Report of the Indian Hemp Drugs Commission, 1894-1895 - Volume IV
Year: 1894
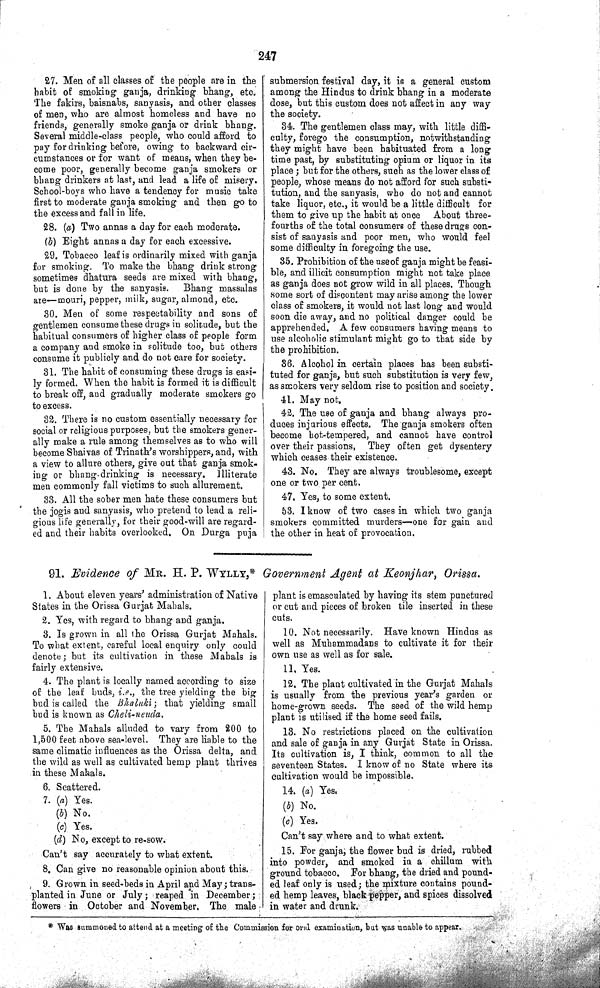
247
27. Men of all classes of the people are in the
habit of smoking ganja, drinking bhang, etc.
The fakirs, baisnabs, sanyasis, and other classes
of men, who are almost homeless and have no
friends, generally smoke ganja or drink bhang.
Several middle-class people, who could afford to
pay for drinking before, owing to backward cir-
cumstances or for want of means, when they be-
come poor, generally become ganja smokers or
bhang drinkers at last, and lead a life of misery.
School-boys who have a tendency for music take
first to moderate ganja smoking and then go to
the excess and fall in life.
28. (a) Two annas a day for each moderate.
(b) Eight annas a day for each excessive.
29. Tobacco leaf is ordinarily mixed with ganja
for smoking. To make the bhang drink strong
sometimes dhatura seeds are mixed with bhang,
but is done by the sanyasis. Bhang massalas
are—mouri, pepper, milk, sugar, almond, etc.
30. Men of some respectability and sons of
gentlemen consume these drugs in solitude, but the
habitual consumers of higher class of people form
a company and smoke in solitude too, but others
consume it publicly and do not care for society.
31. The habit of consuming these drugs is easi-
ly formed. When the habit is formed it is difficult
to break off, and gradually moderate smokers go
to excess.
32. There is no custom essentially necessary for
social or religious purposes, but the smokers gener-
ally make a rule among themselves as to who will
become Shaivas of Trinath's worshippers, and, with
a view to allure others, give out that ganja smok-
ing or bhang drinking is necessary. Illiterate
men commonly fall victims to such allurement.
33. All the sober men hate these consumers but
the jogis and sanyasis, who pretend to lead a reli-
gious life generally, for their good-will are regard-
ed and their habits overlooked. On Durga puja
submersion festival day, it is a general custom
among the Hindus to drink bhang in a moderate
dose, but this custom does not affect in any way
the society.
34. The gentlemen class may, with little diffi-
culty, forego the consumption, notwithstanding
they might have been habituated from a long
time past, by substituting opium or liquor in its
place; but for the others, such as the lower class of
people, whose means do not afford for such substi-
tution, and the sanyasis, who do not and cannot
take liquor, etc., it would be a little difficult for
them to give up the habit at once About three-
fourths of the total consumers of these drugs con-
sist of sanyasis and poor men, who would feel
some difficulty in foregoing the use.
35. Prohibition of the use of ganja might be feasi-
ble, and illicit consumption might not take place
as ganja does not grow wild in all places. Though
some sort of discontent may arise among the lower
class of smokers, it would not last long and would
soon die away, and no political danger could be
apprehended. A few consumers having means to
use alcoholic stimulant might go to that side by
the prohibition.
36. Alcohol in certain places has been substi-
tuted for ganja, but such substitution is very few,
as smokers very seldom rise to position and society.
41. May not.
42. The use of ganja and bhang always pro-
duces injurious effects. The ganja smokers often
become hot-tempered, and cannot have control
over their passions, They often get dysentery
which ceases their existence.
43. No. They are always troublesome, except
one or two per cent.
47. Yes, to some extent.
53. I know of two cases in which two ganja
smokers committed murders—one for gain and
the other in heat of provocation.
91. Evidence of MR. H. P. WYLLY,* Government Agent at Keonjhar, Orissa.
1. About eleven years' administration of Native
States in the Orissa Gurjat Mahals.
2. Yes, with regard to bhang and ganja.
3. Is grown in all the Orissa Gurjat Mahals.
To what extent, careful local enquiry only could
denote; but its cultivation in these Mahals is
fairly extensive.
4. The plant is locally named according to size
of the leaf buds, i.e., the tree yielding the big
bud is called the Bhaluki; that yielding small
bud is known as Cheli-neuda.
5. The Mahals alluded to vary from 200 to
1,500 feet above sea-level. They are liable to the
same climatic influences as the Orissa delta, and
the wild as well as cultivated hemp plant thrives
in these Mahals.
6. Scattered.
7. (a) Yes.
(b) No.
(c) Yes.
(d) No, except to re-sow.
Can't say accurately to what extent.
8. Can give no reasonable opinion about this.
9. Grown in seed-beds in April and May; trans-
planted in June or July; reaped in December;
flowers in October and November, The male
plant is emasculated by having its stem punctured
or cut and pieces of broken tile inserted in these
cuts.
10. Not necessarily. Have known Hindus as
well as Muhammadans to cultivate it for their
own use as well as for sale.
11. Yes.
12. The plant cultivated in the Gurjat Mahals
is usually from the previous year's garden or
home-grown seeds. The seed of the wild hemp
plant is utilised if the home seed fails.
13. No restrictions placed on the cultivation
and sale of ganja in any Gurjat State in Orissa.
Its cultivation is, I think, common to all the
seventeen States. I know of no State where its
cultivation would be impossible.
14. (a) Yes.
(b) No.
(c) Yes.
Can't say where and to what extent.
15. For ganja; the flower bud is dried, rubbed
into powder, and smoked in a chillum with
ground tobacco. For bhang, the dried and pound-
ed leaf only is used; the mixture contains pound-
ed hemp leaves, black pepper, and spices dissolved
in water and drunk.
* Was summoned to attend at a meeting of the Commission for oral examination, but was unable to appear.